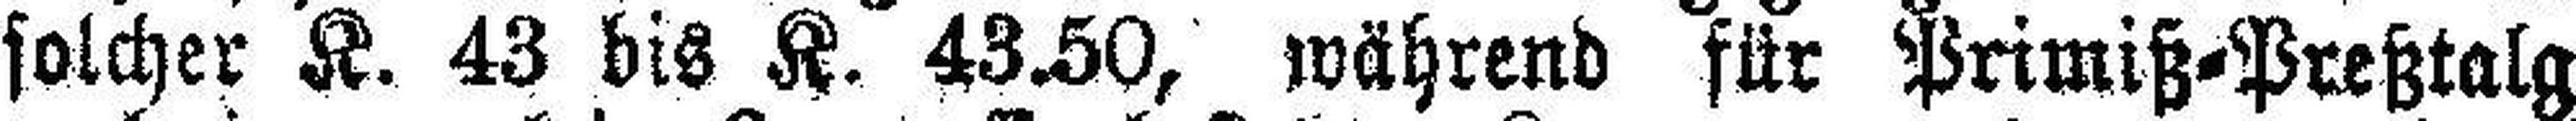
solcher K. 43 bis K. 43.50, während für Primiß=Preßtalg